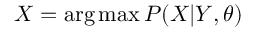
X = \arg \operatorname* { m a x } P ( X | Y , \theta )